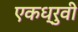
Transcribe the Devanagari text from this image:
एकध्रुवी